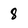
Character: 8